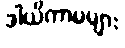
ဒါယိကာမများ